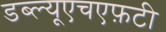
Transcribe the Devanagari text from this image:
डब्ल्यूएचएफ़टी